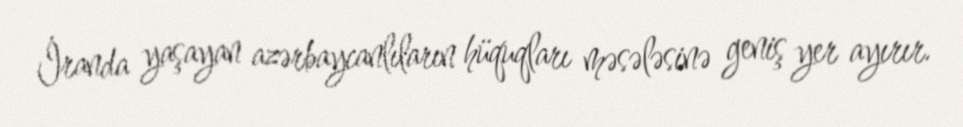
İranda yaşayan azərbaycanlıların hüquqları məsələsinə geniş yer ayırır.